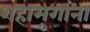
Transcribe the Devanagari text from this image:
शहामृगांना